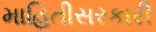
માહિતીસરકારી